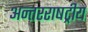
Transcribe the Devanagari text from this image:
अन्तरराषट्रीय